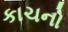
કાચનો